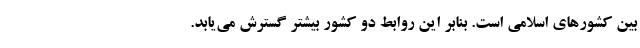
بین کشورهای اسلامی است. بنابر این روابط دو کشور بیشتر گسترش می‌یابد.